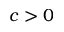
c > 0